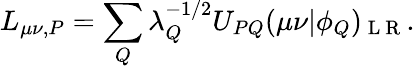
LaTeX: L_{\mu\nu,P}=\sum_{Q}\lambda_{Q}^{-1/2}U_{PQ}(\mu\nu|\phi_{Q})_{\mathrm{~L~R~}}.